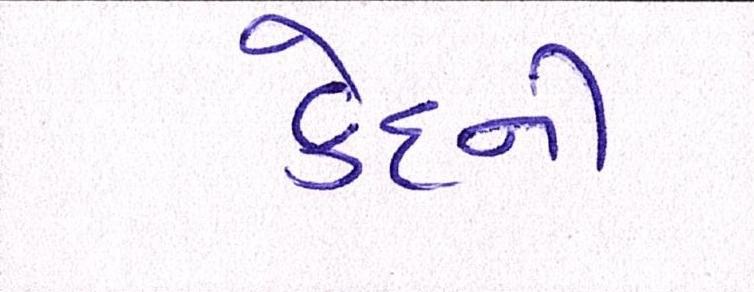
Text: કેદની